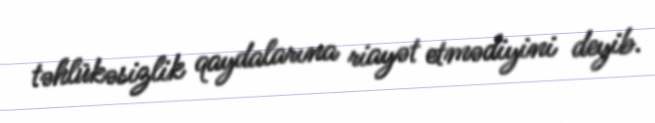
təhlükəsizlik qaydalarına riayət etmədiyini deyib.